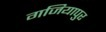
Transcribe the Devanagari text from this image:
गजियापुर